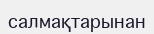
салмақтарынан